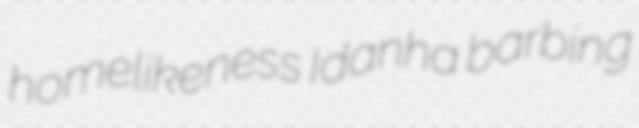
homelikeness Idanha barbing